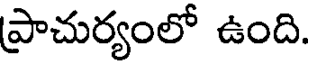
ప్రాచుర్యంలో ఉంది.